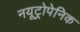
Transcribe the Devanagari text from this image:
नयूट्रोपेनिक